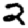
Digit: 2